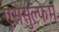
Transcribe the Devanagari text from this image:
एसेसुल्फेम